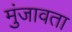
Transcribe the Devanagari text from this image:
मुंजावता